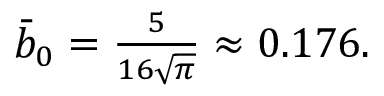
\begin{array} { r } { \bar { b } _ { 0 } = \frac { 5 } { 1 6 \sqrt { \pi } } \approx 0 . 1 7 6 . } \end{array}